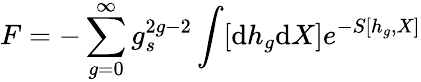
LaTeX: F=-\sum_{g=0}^{\infty}g_{s}^{2g-2}\int[\mathrm{d}h_{g}\mathrm{d}X]e^{-S[h_{g},X]}